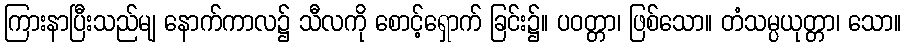
ကြားနာပြီးသည်မျ နောက်ကာလ၌ သီလကို စောင့်ရှောက် ခြင်း၌။ ပဝတ္တာ၊ ဖြစ်သော။ တံသမ္ပယုတ္တာ၊ သော။